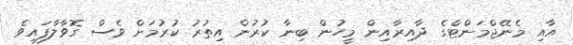
އާއި މެނޭޖްމަންޓްގެ ދާއިރާއިން މީހުން ބިނާ ކުރުން އިތުރު ކުރުމަށް ވެސް ގޮވާލާފައިވެ